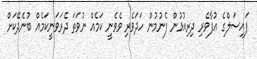
ފައިސަލްގެ އުފާވެރި ދިރިއުޅުން ފެނުމުން ހަދަވެރި ވެވެނީ ކަމެއް ނުވަތަ ދެރަަވަނީކަމެއް ބުނެދޭކަށް